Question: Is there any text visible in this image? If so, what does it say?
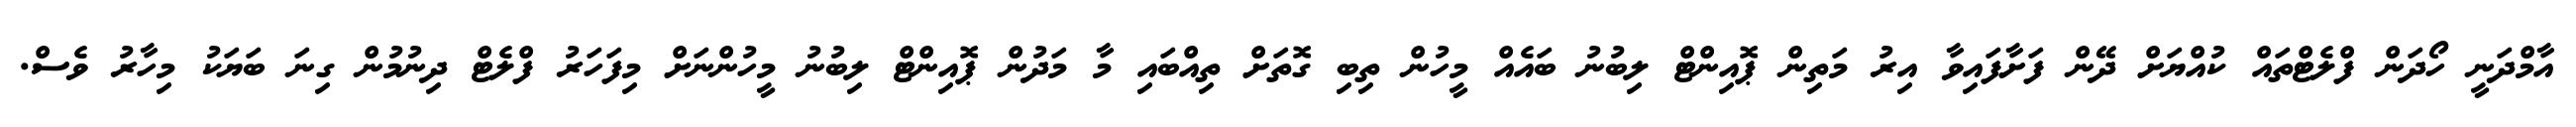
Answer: އާމްދަނީ ހޯދަން ފްލެޓްތައް ކުއްޔަށް ދޭން ފަށާފައިވާ އިރު މަތިން ޕޮއިންޓް ލިބުނު ބައެއް މީހުން ތިބި ގޮތަށް ތިއްބައި މާ މަދުން ޕޮއިންޓް ލިބުނު މީހުންނަށް މިފަހަރު ފްލެޓް ދިނުމުން ގިނަ ބަޔަކު މިހާރު ވެސް.